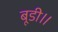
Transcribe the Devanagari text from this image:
बूडी॥